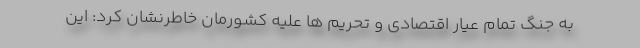
به جنگ تمام عیار اقتصادی و تحریم ها علیه کشورمان خاطرنشان کرد: این